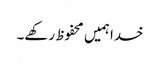
خدا ہمیں محفوظ رکھے۔